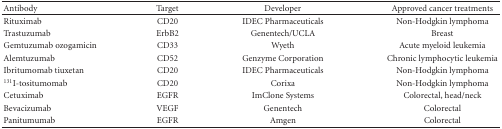
<table><thead><tr><td><b>Antibody</b></td><td><b>Target</b></td><td><b>Developer</b></td><td><b>Approved cancer treatments</b></td></tr></thead><tbody><tr><td>Rituximab</td><td>CD20</td><td>IDEC Pharmaceuticals</td><td>Non-Hodgkin lymphoma</td></tr><tr><td>Trastuzumab</td><td>ErbB2</td><td>Genentech/UCLA</td><td>Breast</td></tr><tr><td>Gemtuzumab ozogamicin</td><td>CD33</td><td>Wyeth</td><td>Acute myeloid leukemia</td></tr><tr><td>Alemtuzumab</td><td>CD52</td><td>Genzyme Corporation</td><td>Chronic lymphocytic leukemia</td></tr><tr><td>Ibritumomab tiuxetan</td><td>CD20</td><td>IDEC Pharmaceuticals</td><td>Non-Hodgkin lymphoma</td></tr><tr><td><sup>131</sup>I-tositumomab</td><td>CD20</td><td>Corixa</td><td>Non-Hodgkin lymphoma</td></tr><tr><td>Cetuximab</td><td>EGFR</td><td>ImClone Systems</td><td>Colorectal, head/neck</td></tr><tr><td>Bevacizumab</td><td>VEGF</td><td>Genentech</td><td>Colorectal</td></tr><tr><td>Panitumumab</td><td>EGFR</td><td>Amgen</td><td>Colorectal</td></tr></tbody></table>